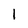
Character: 1